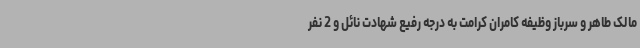
مالک طاهر و سرباز وظیفه کامران کرامت به درجه رفیع شهادت نائل و 2 نفر